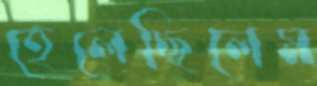
হেলেছিলেম